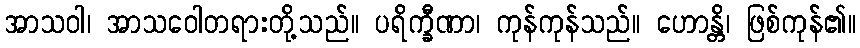
အာသဝါ၊ အာသဝေါတရားတို့သည်။ ပရိက္ခီဏာ၊ ကုန်ကုန်သည်။ ဟောန္တိ၊ ဖြစ်ကုန်၏။